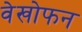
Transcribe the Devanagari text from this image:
वेखोफन